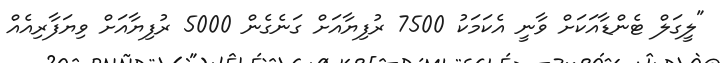
"ލީގަލް ޓެންޑާއަކަށް ވާނީ އެކަމަކު 7500 ރުފިޔާއަށް ގަނެގެން 5000 ރުފިޔާއަށް ވިޔަފާރިއެއް